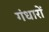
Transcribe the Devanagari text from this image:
गंधारों